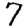
Digit: 7